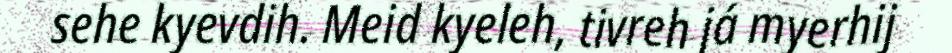
sehe kyevdih. Meid kyeleh, tivreh já myerhij